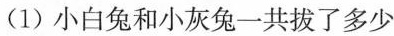
(1)小白兔和小灰兔一共拔了多少